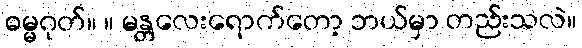
ဓမ္မဂုတ်။ ။ မန္တလေးရောက်တော့ ဘယ်မှာ တည်းသလဲ။